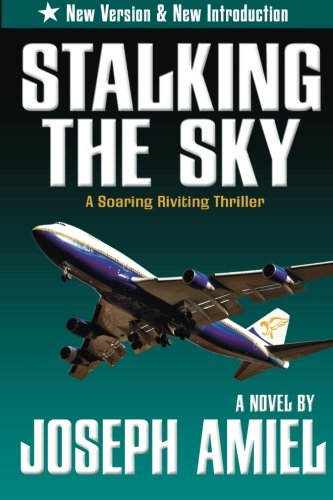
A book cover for Stalking the Sky; Joseph Amiel; Business & Money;